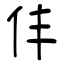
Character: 仹